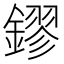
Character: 鏐